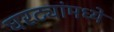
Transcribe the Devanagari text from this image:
घरट्यांमध्ये